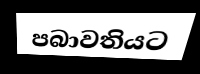
පබාවතියට